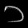
Digit: ၁